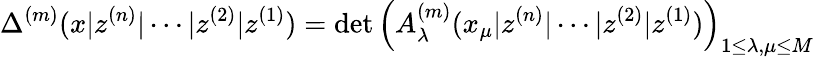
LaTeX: \Delta^{(m)}(x|z^{(n)}|\cdots|z^{(2)}|z^{(1)})=\operatorname*{det}\left(A_{\lambda}^{(m)}(x_{\mu}|z^{(n)}|\cdots|z^{(2)}|z^{(1)})\right)_{1\leq\lambda,\mu\leq M}